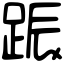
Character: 䟴